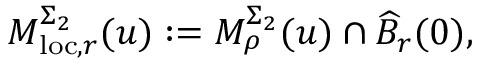
M _ { \mathrm { l o c } , r } ^ { \Sigma _ { 2 } } ( u ) : = M _ { \rho } ^ { \Sigma _ { 2 } } ( u ) \cap \widehat { B } _ { r } ( 0 ) ,